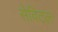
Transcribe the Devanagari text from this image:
सेविटल